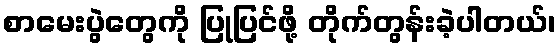
စာမေးပွဲတွေကို ပြုပြင်ဖို့ တိုက်တွန်းခဲ့ပါတယ်၊